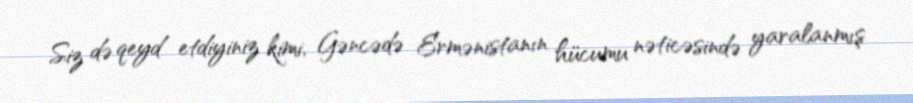
Siz də qeyd etdiyiniz kimi, Gəncədə Ermənistanın hücumu nəticəsində yaralanmış